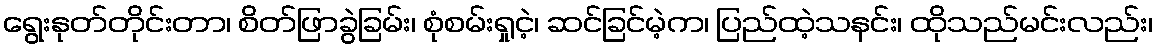
ရွေးနုတ်တိုင်းတာ၊ စိတ်ဖြာခွဲခြမ်း၊ စုံစမ်းရှုငဲ့၊ ဆင်ခြင်မဲ့က၊ ပြည်ထဲ့သနင်း၊ ထိုသည်မင်းလည်း၊